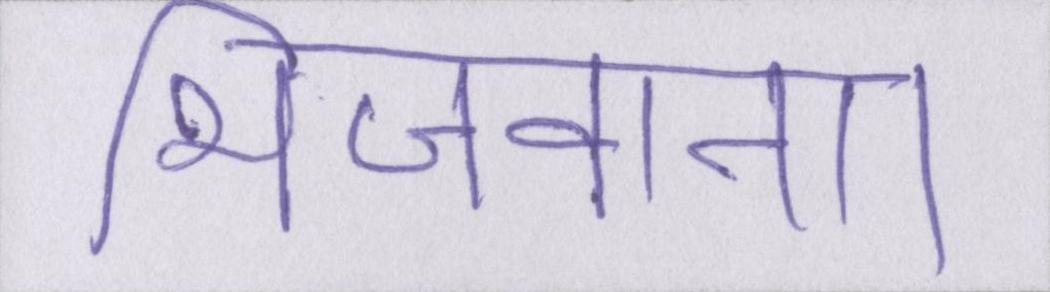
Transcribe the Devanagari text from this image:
भिजवाना।